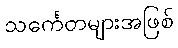
သင်္ကေတများအဖြစ်